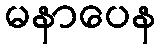
မနာပေန